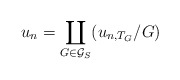
\begin{align*} u_n=\underset{G\in\mathcal{G}_S}\coprod (u_{n,T_G}/ G)\end{align*}